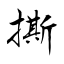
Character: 撕